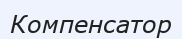
Компенсатор